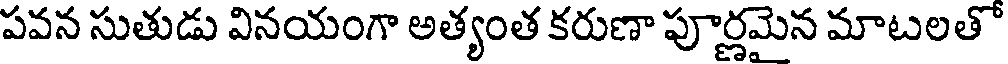
పవన సుతుడు వినయంగా అత్యంత కరుణా పూర్ణమైన మాటలతో